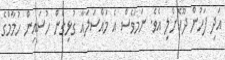
އަދި ފަހުން ދޫކޮށްލި އެވެ. ނަމަވެސް އެ މައްސަލައާ ގުޅިގެން ހުސައިން ހުމާމްގެ